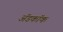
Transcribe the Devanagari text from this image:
अॅडकॉक